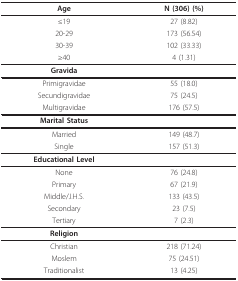
<table><thead><tr><td><b>Age</b></td><td><b>N (306) (%)</b></td></tr></thead><tbody><tr><td>≤19</td><td>27 (8.82)</td></tr><tr><td>20-29</td><td>173 (56.54)</td></tr><tr><td>30-39</td><td>102 (33.33)</td></tr><tr><td>≥40</td><td>4 (1.31)</td></tr><tr><td><b>Gravida</b></td><td></td></tr><tr><td>Primigravidae</td><td>55 (18.0)</td></tr><tr><td>Secundigravidae</td><td>75 (24.5)</td></tr><tr><td>Multigravidae</td><td>176 (57.5)</td></tr><tr><td><b>Marital Status</b></td><td></td></tr><tr><td>Married</td><td>149 (48.7)</td></tr><tr><td>Single</td><td>157 (51.3)</td></tr><tr><td><b>Educational Level</b></td><td></td></tr><tr><td>None</td><td>76 (24.8)</td></tr><tr><td>Primary</td><td>67 (21.9)</td></tr><tr><td>Middle/J.H.S.</td><td>133 (43.5)</td></tr><tr><td>Secondary</td><td>23 (7.5)</td></tr><tr><td>Tertiary</td><td>7 (2.3)</td></tr><tr><td><b>Religion</b></td><td></td></tr><tr><td>Christian</td><td>218 (71.24)</td></tr><tr><td>Moslem</td><td>75 (24.51)</td></tr><tr><td>Traditionalist</td><td>13 (4.25)</td></tr></tbody></table>